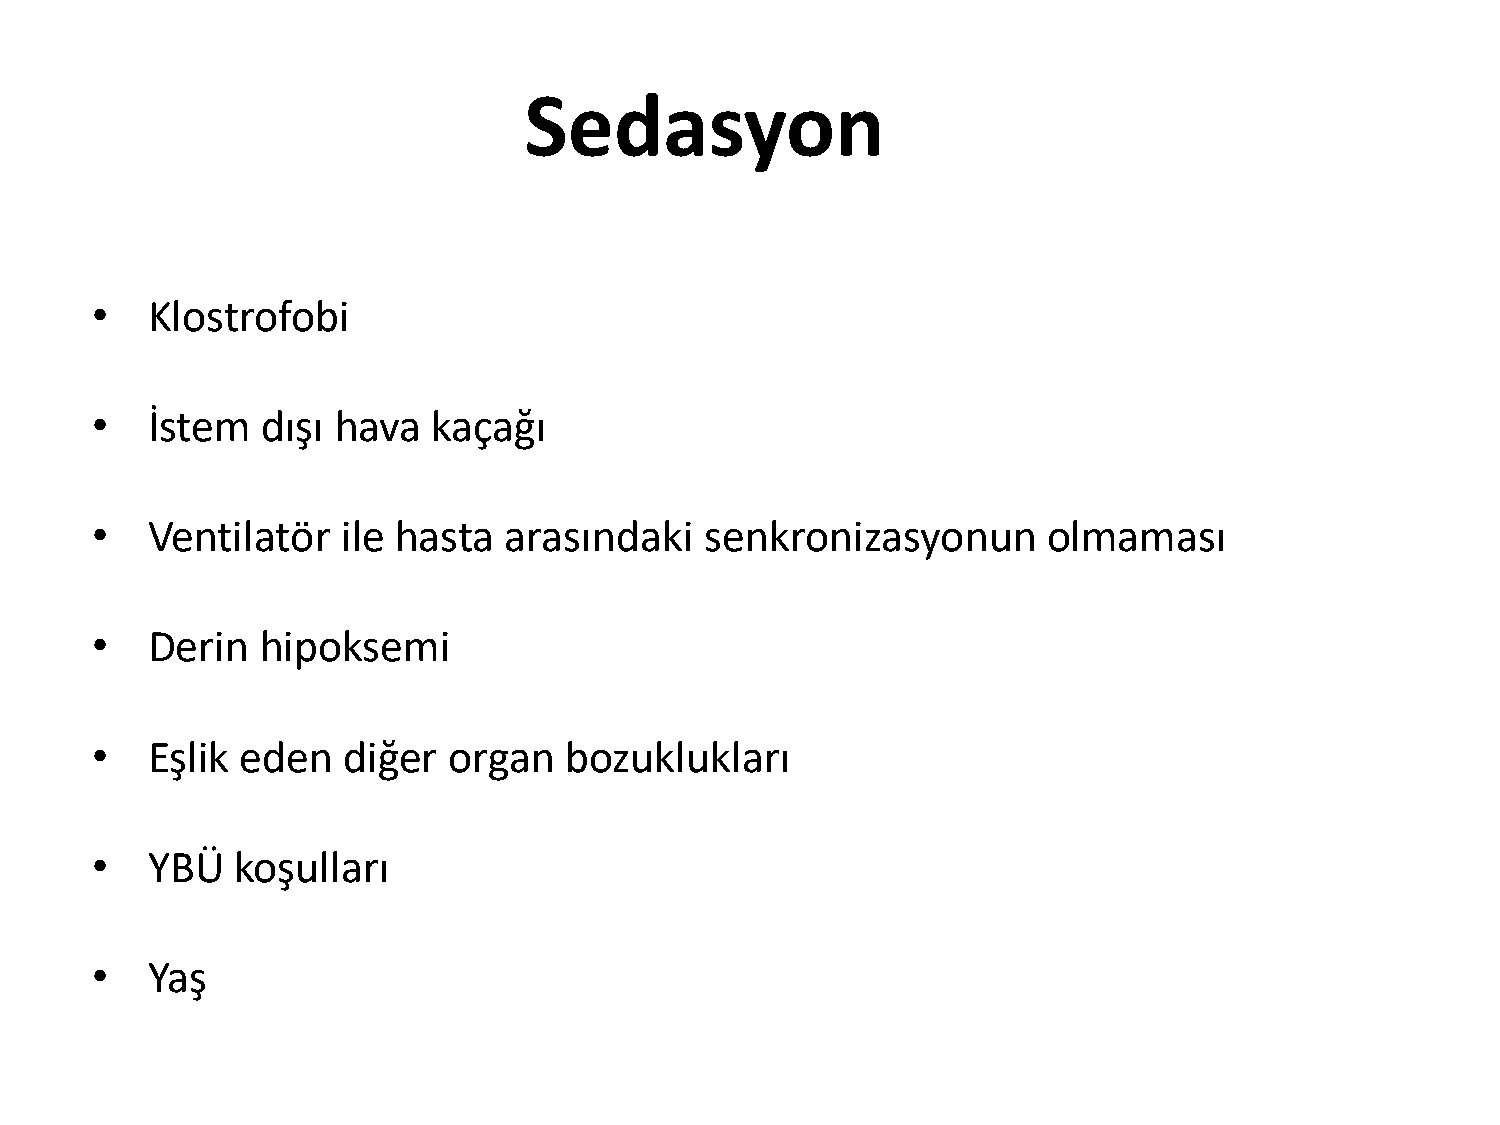
Sedasyon
 •   Klostrofobi
 •   İstem  dışı hava   kaçağı
 •   Ventilatör   ile hasta arasındaki    senkronizasyonun      olmaması
 •   Derin  hipoksemi
 •   Eşlik eden   diğer  organ  bozuklukları
 •   YBÜ   koşulları
 •   Yaş